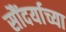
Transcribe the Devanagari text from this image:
सौंदर्याच्या